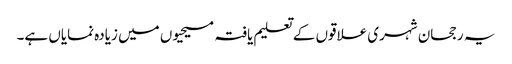
یہ رجحان شہری علاقوں کے تعلیم یافتہ مسیحیوں میں زیادہ نمایاں ہے۔